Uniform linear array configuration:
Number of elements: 12
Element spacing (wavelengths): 0.25
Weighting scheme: exponential
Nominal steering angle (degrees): -60
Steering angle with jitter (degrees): -60.799
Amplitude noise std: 0.05
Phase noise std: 0.05

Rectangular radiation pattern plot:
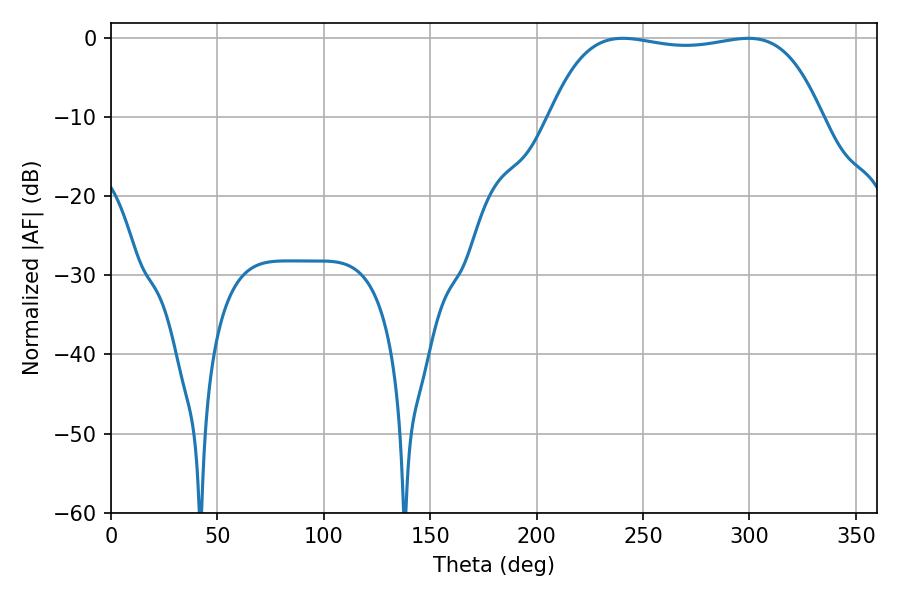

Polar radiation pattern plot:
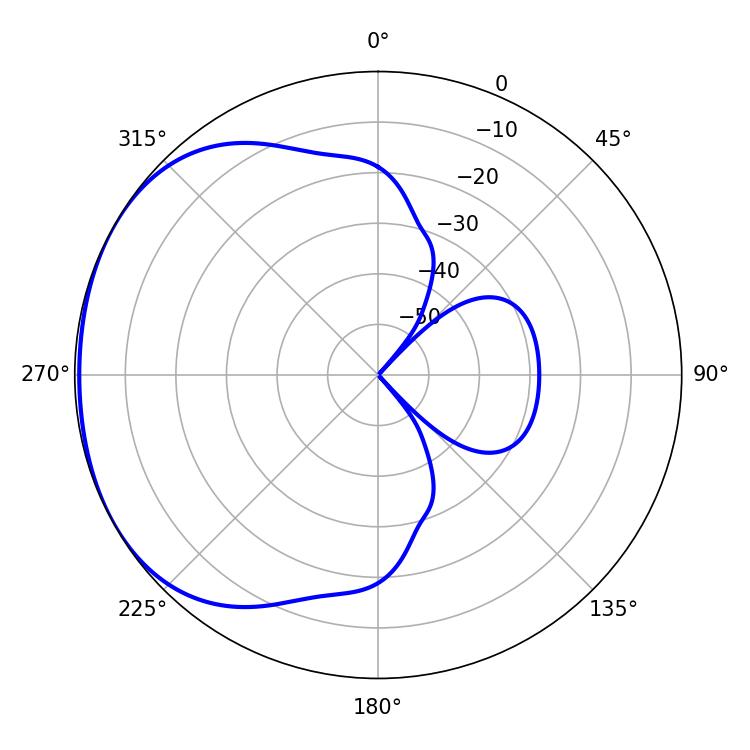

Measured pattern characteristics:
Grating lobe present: FALSE
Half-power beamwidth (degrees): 101.52
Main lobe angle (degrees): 240.48